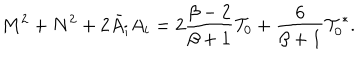
M ^ { 2 } + N ^ { 2 } + 2 \bar { A } _ { i } A _ { i } = 2 { \frac { \beta - 2 } { \beta + 1 } } { \cal T } _ { 0 } + { \frac { 6 } { \beta + 1 } } { \cal T } _ { 0 } ^ { * } .